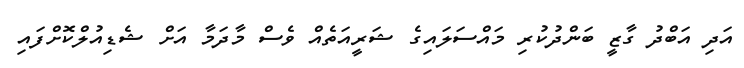
އަދި އަބްދު ގާޒީ ބަންދުކުރި މައްސަލައިގެ ޝަރީއަތެއް ވެސް މާދަމާ އަށް ޝެޑިއުލްކޮށްފައި